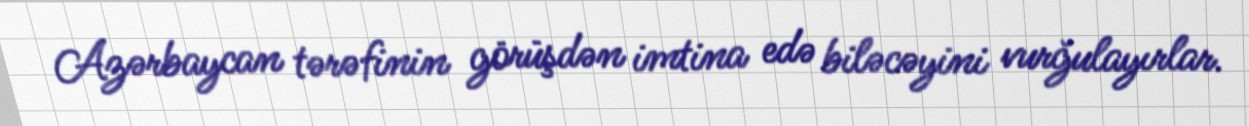
Azərbaycan tərəfinin görüşdən imtina edə biləcəyini vurğulayırlar.